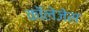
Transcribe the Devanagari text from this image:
काॅलेजेस